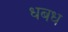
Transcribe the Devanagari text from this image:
धबध